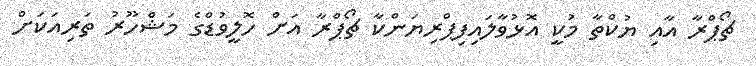
ޗޯޕްރާ އާއި ޔުކްތާ މުކީ އޮޅުވާލައިފިޕްރިޔަންކާ ޗޯޕްރާ އަށް ހޮލީވުޑްގެ މަޝްހޫރު ތަރިއަކަށް